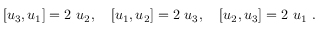
\left[ u _ { 3 } , u _ { 1 } \right] = 2 \ u _ { 2 } , \quad \left[ u _ { 1 } , u _ { 2 } \right] = 2 \ u _ { 3 } , \quad \left[ u _ { 2 } , u _ { 3 } \right] = 2 \ u _ { 1 } ~ .